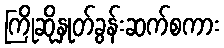
ကြိုဆိုနှုတ်ခွန်းဆက်စကား